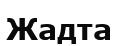
Жадта